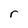
Character: r